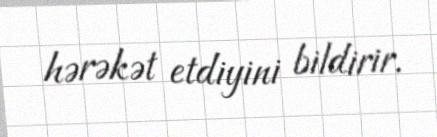
hərəkət etdiyini bildirir.